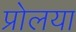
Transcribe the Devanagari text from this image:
प्रोलया